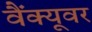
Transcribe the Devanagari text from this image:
वैंक्यूवर